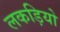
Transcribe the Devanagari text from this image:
लकड़ियो